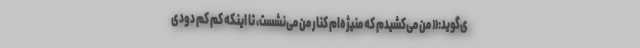
ی‌گوید:« من می‌کشیدم که منیژه‌ام کنار من می‌نشست، تا اینکه کم کم دودی